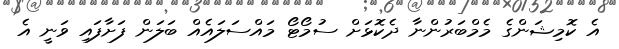
އެ ކޮމިޝަންގެ މެމްބަރުންނާ ދެކޮޅަށް ސުމޯޓޯ މައްސަލައެއް ބަލަން ފަށާފައި ވަނީ އެ